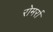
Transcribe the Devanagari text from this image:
रोमर्रा